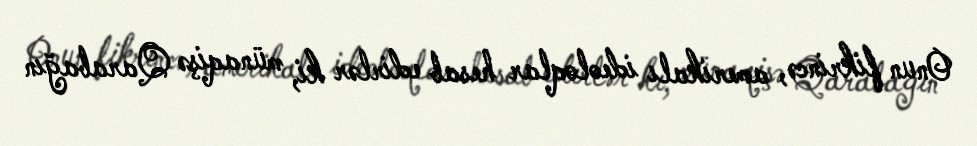
Onun fikrincə, amerikalı ideoloqlar hesab edirlər ki, münaqişə Qarabağın